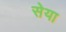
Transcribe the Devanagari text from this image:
सेया